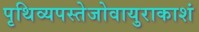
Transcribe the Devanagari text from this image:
पृथिव्यपस्तेजोवायुराकाशं